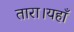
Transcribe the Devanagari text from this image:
तारा।यहाँ